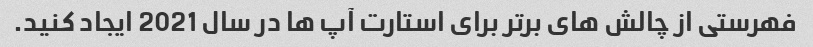
فهرستی از چالش های برتر برای استارت آپ ها در سال 2021 ایجاد کنید.